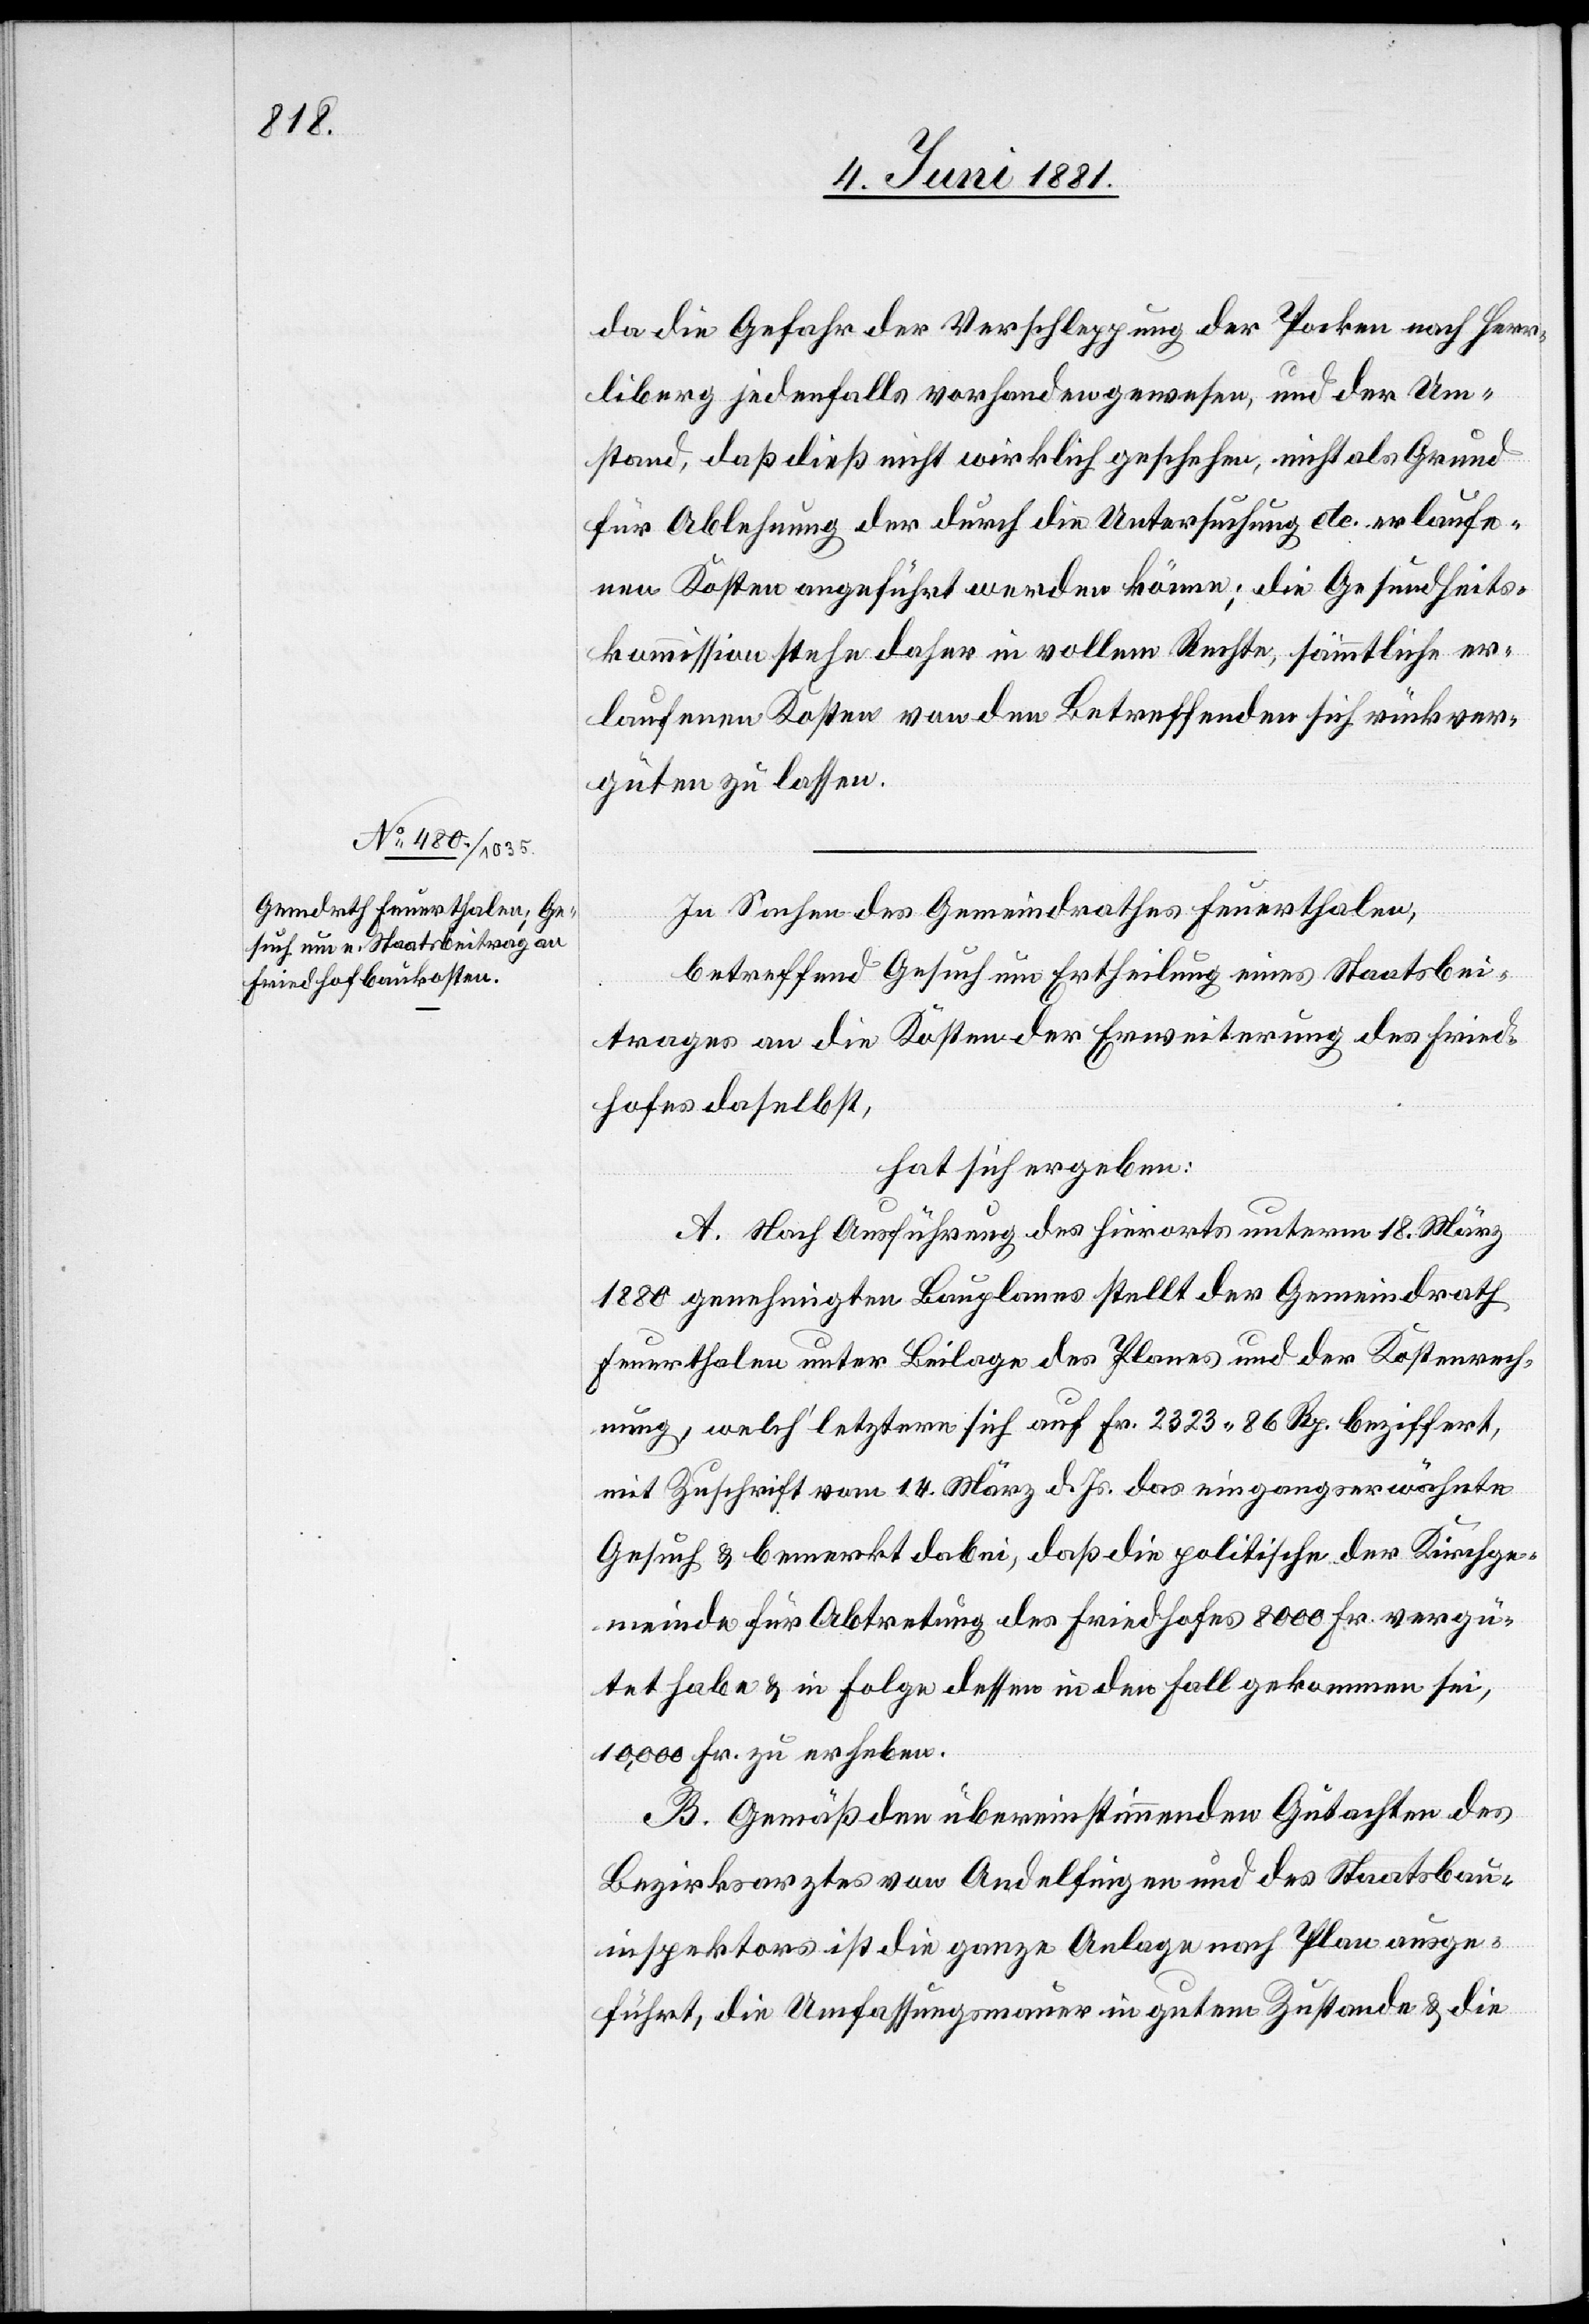
da die Gefahr der Verschleppung der Pocken nach Herr¬
liberg jedenfalls vorhanden gewesen, und der Um¬
stand, daß dieß nicht wirklich geschehen, nicht als Grund
für Ablehnung der durch die Untersuchung etc. erlaufe¬
nen Kosten angeführt werden könne; die Gesundheits¬
kommission stehe daher im vollem Rechte, sämmtliche er¬
laufenen Kosten von den Betreffenden sich rückver¬
güten zu lassen.
In Sachen des Gemeindrathes Feuerthalen,
betreffend Gesuch um Ertheilung eines Staatsbei¬
trages an die Kosten der Erweiterung des Fried¬
hofes daselbst,
hat sich ergeben:
A. Nach Ausführung des hierorts unterm 18. März
1880 genehmigten Bauplanes stellt der Gemeindrath
Feuerthalen unter Beilage des Planes und der Kostenrech¬
nung, welch‘ letztere sich auf Fr. 2323 86 Rp. beziffert,
mit Zuschrift vom 14. März d. Js das eingangserwähnte
Gesuch & bemerkt dabei, daß die politische der Kirchge¬
meinde für Abtregung des Friedhofes 8000 Fr. vergü¬
tet habe & in Folge dessen in den Fall gekommen sei,
10,000 Fr. zu erheben.
B. Gemäß den übereinstimmenden Gutachten des
Bezirksarztes von Andelfingen und des Staatsbau¬
inspektors ist die ganze Anlage nach Plan ausge¬
führt, die Umfassungsmauer in gutem Zustande & die